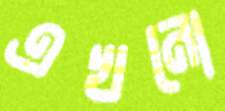
এখনো